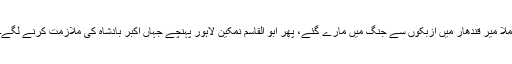
ملا میر قندھار میں ازبکوں سے جنگ میں مارے گئے، پھر ابو القاسم نمکین لاہور پہنچے جہاں اکبر بادشاہ کی ملازمت کرنے لگے۔